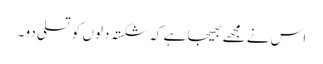
اس نے مجھے بھیجا ہے کہ شکستہ دلوں کو تسلی دو ۔